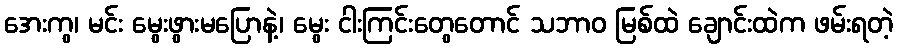
အေးကွ၊ မင်း မွေးဖွားမပြောနဲ့၊ မွေး ငါးကြင်းတွေတောင် သဘာဝ မြစ်ထဲ ချောင်းထဲက ဖမ်းရတဲ့